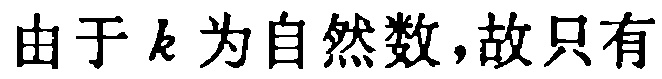
由于 \(k\) 为自然数,故只有